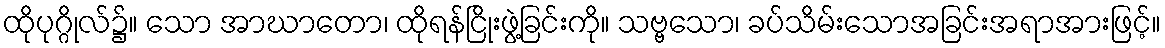
ထိုပုဂ္ဂိုလ်၌။ သော အာဃာတော၊ ထိုရန်ငြိုးဖွဲ့ခြင်းကို။ သဗ္ဗသော၊ ခပ်သိမ်းသောအခြင်းအရာအားဖြင့်။